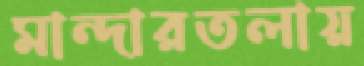
মান্দারতলায়